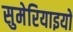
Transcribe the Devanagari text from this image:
सुमेरियाइयों